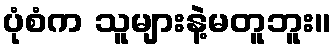
ပုံစံက သူများနဲ့မတူဘူး။